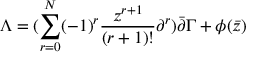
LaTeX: \Lambda = ( \sum _ { r = 0 } ^ { N } ( - 1 ) ^ { r } \frac { z ^ { r + 1 } } { ( r + 1 ) ! } \partial ^ { r } ) \bar { \partial } \Gamma + \phi ( \bar { z } )